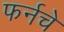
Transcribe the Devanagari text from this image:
फर्नचे